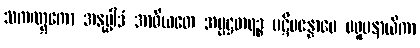
သကဏ္ဋကော အနုပ္ပါဒံ အာဓီယတေ အပ္ပဋ္ဌတရဉ္စ ပဋိပန္နောပေ ပရူပနာယိကာ